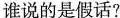
谁说的是假话?